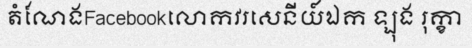
តំណែងFacebookលោកវរសេនីយ៍ឯក ឡុង រុក្ខា